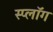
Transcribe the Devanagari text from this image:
स्प्लॉग